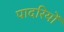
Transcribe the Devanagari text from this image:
पादरियों